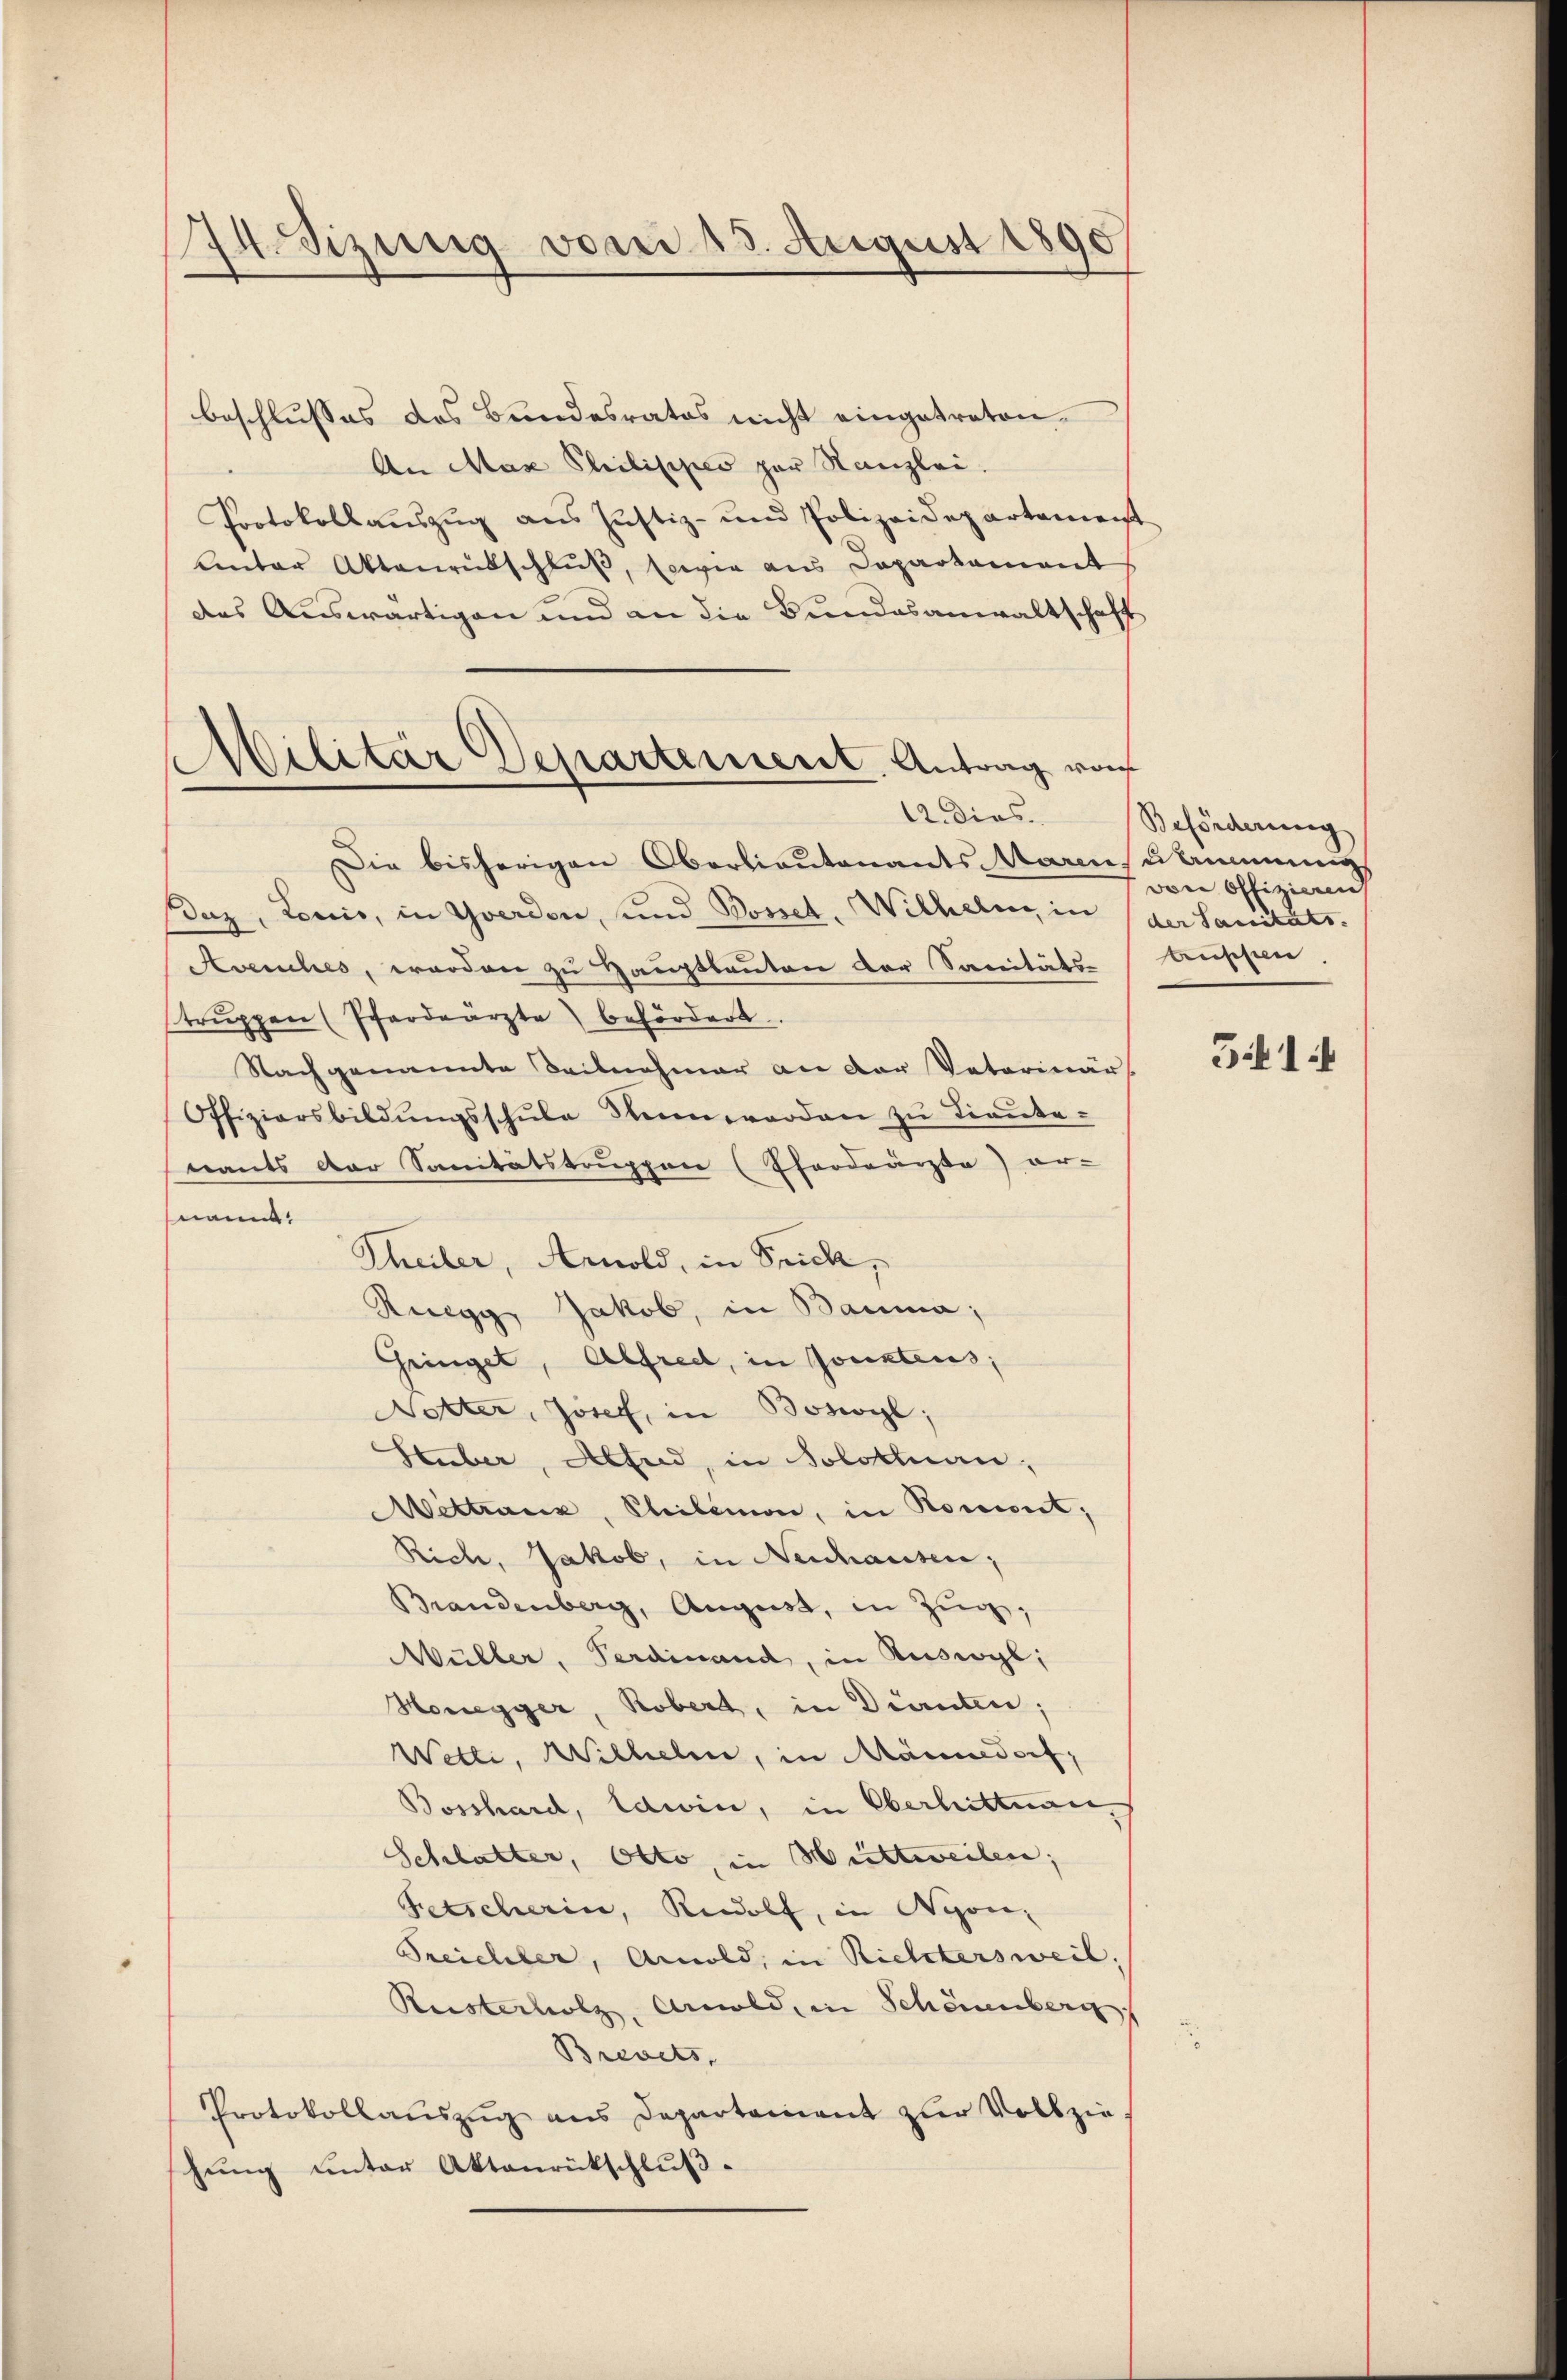
24. Sizung vom 15. August 1890

beschlusses des Bundesrates nicht eingetreten.
An Max Philippen zur Kanzlei.
Protokollaŭszŭg ans Justiz- und Polizeidepartement
Unter Aktenrütschlŭβ, sowie aus Daparkament
des Auswärtigen und an die Bundesanwaltschaft
Die bisherigen Oberlieutenants Marinstimmungs
Buz, Tonis, in Yverdon, und Bossel, Wilhelm, in der Sanitäts-
Avenches, werden zu Hauptbauten der Sanitäts-
trŭppen (Pferdeärzte befördert.
Nachgenannte Teilnahmer an der Vaterinärs
Offiziersbildŭngsschŭle Stenorden zu Lieute-
nants der Sanitätstruppen (Pferdrärzte) er-
naum.
Theiler, Arnold, in Stick,
Ruegg, Jakob, in Bauma,
Gringet, Alfred, in Jonatens,
Netter, Josef, in Boswyl,
Huber, Abend, in Solothurn,
Mittraux, Philimon, in Kommt;
Rich, Jakob, in Neuhausen,
Brandenberg, August, in Zŭg,
Müller, Ferdinand, in Ruswyl,
Honegger, Robert, in Dianten;
Wetti, Wilhelm, in Männedorf,
Bosshard, Edwin, in Oberhittnan
Schlatter, Otto, in Wittweilen;
Fetscherin, Rudolf, in Nyon,
Treichler, Arnold, in Rietetersweil,
Rusterholz, Arnold, in Schönenberg
Brevets,
Protokollauszug aus Departement zur Vollzie
hung unter Aktenrückschluß-

Militär Departement. Antrag von
12. Dies

Beförderung
von Offizieren
beeischen.

5414